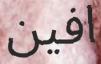
افين